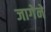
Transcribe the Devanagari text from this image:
जागेने